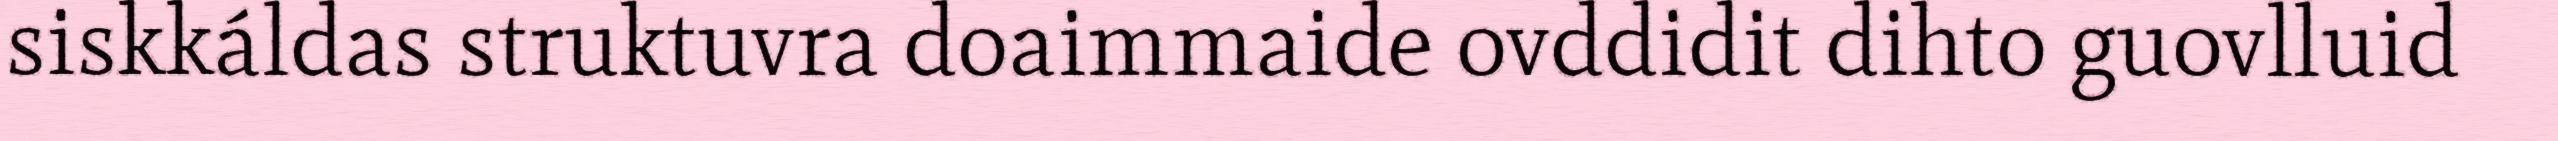
siskkáldas struktuvra doaimmaide ovddidit dihto guovlluid